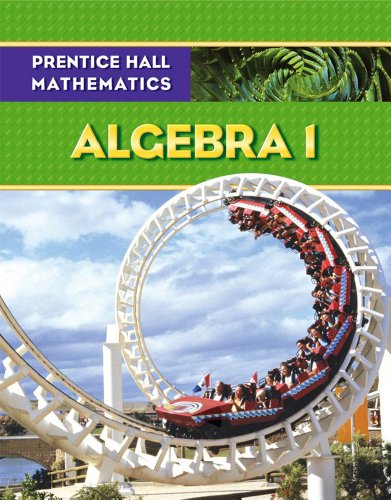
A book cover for Prentice Hall Mathematics: Algebra 1; Allan E. Bellman; Teen & Young Adult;